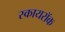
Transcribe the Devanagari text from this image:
स्कायरॉक